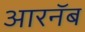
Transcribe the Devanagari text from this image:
आरनॅब